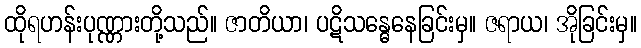
ထိုရဟန်းပုဏ္ဏားတို့သည်။ ဇာတိယာ၊ ပဋိသန္ဓေနေခြင်းမှ။ ဇရာယ၊ အိုခြင်းမှ။